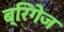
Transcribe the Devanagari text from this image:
ब्रिगेज